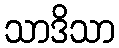
သာဒိသာ